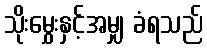
သိုးမွှေးနှင့်အမျှ ခံရသည်